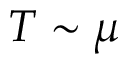
T \sim \mu